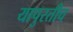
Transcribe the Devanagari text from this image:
यापुरतीच